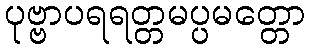
ပုဗ္ဗာပရရတ္တမပ္ပမတ္တော